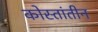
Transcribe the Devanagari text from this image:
कोस्तांतीन